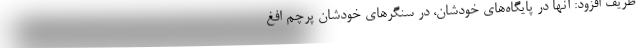
ظریف افزود: آنها در پایگاه‌های خودشان، در سنگرهای خودشان پرچم افغ